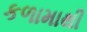
કળામાથી